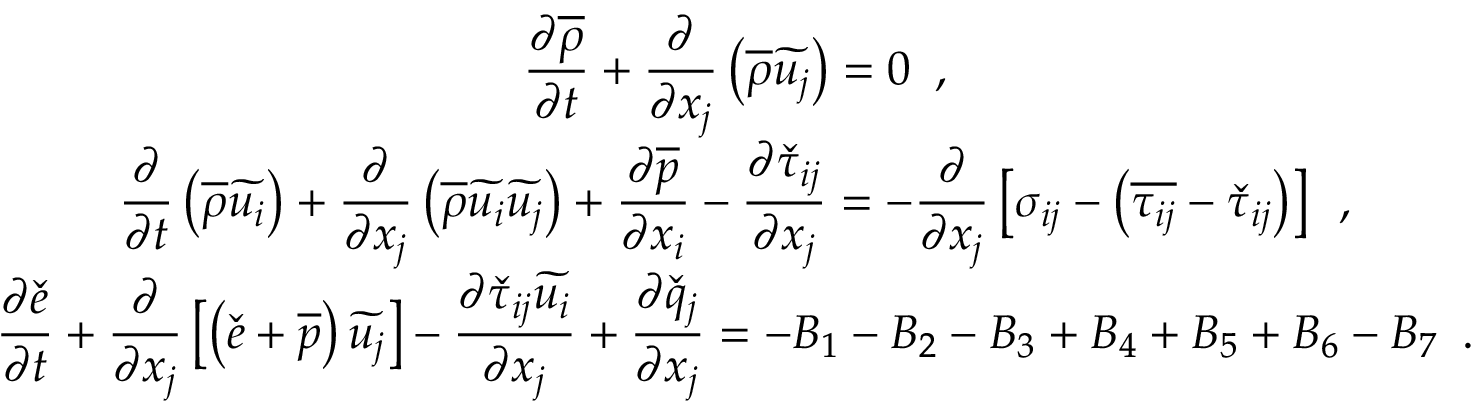
\begin{array} { c } { \displaystyle \frac { \partial \overline { { \rho } } } { \partial t } + \frac { \partial } { \partial x _ { j } } \left( \overline { { \rho } } \widetilde { u _ { j } } \right) = 0 \, \mathrm { ~ , ~ } } \\ { \displaystyle \frac { \partial } { \partial t } \left( \overline { { \rho } } \widetilde { u _ { i } } \right) + \frac { \partial } { \partial x _ { j } } \left( \overline { { \rho } } \widetilde { u _ { i } } \widetilde { u _ { j } } \right) + \frac { \partial \overline { { p } } } { \partial x _ { i } } - \frac { \partial \check { \tau } _ { i j } } { \partial x _ { j } } = - \frac { \partial } { \partial x _ { j } } \left[ \sigma _ { i j } - \left( \overline { { \tau _ { i j } } } - \check { \tau } _ { i j } \right) \right] \, \mathrm { ~ , ~ } } \\ { \displaystyle \frac { \partial \check { e } } { \partial t } + \frac { \partial } { \partial x _ { j } } \left[ \left( \check { e } + \overline { { p } } \right) \widetilde { u _ { j } } \right] - \frac { \partial \check { \tau } _ { i j } \widetilde { u _ { i } } } { \partial x _ { j } } + \frac { \partial \check { q } _ { j } } { \partial x _ { j } } = - B _ { 1 } - B _ { 2 } - B _ { 3 } + B _ { 4 } + B _ { 5 } + B _ { 6 } - B _ { 7 } \, \mathrm { ~ . ~ } } \end{array}